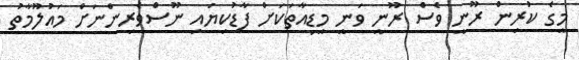
މީގެ ކުރިން ރޫނީ ވެސް ރޫނީ ވަނީ މީޑިއާތަކަށް ފާޑުކިޔައި ނޫސްވެރިންނަށް މައުލޫމާތު